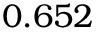
0 . 6 5 2